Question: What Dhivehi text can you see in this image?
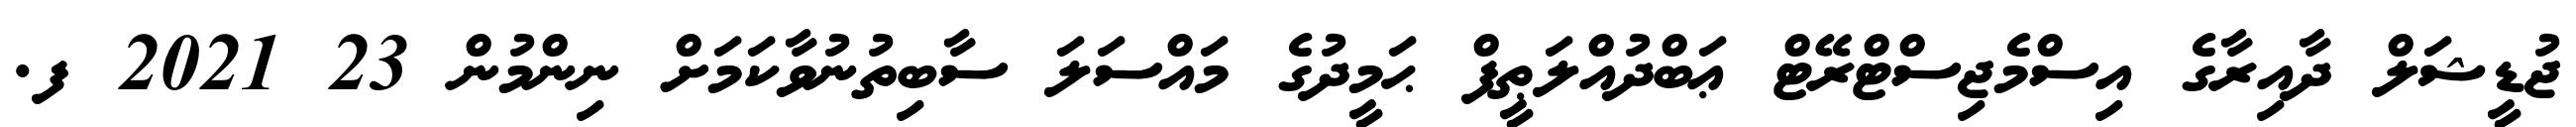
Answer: ޖުޑީޝަލް ދާއިރާގެ އިސްމެޖިސްޓްރޭޓް ޢަބްދުއްލަޠީފް ޙަމީދުގެ މައްސަލަ ސާބިތުނުވާކަމަށް ނިންމުން 23 2021 ފ.